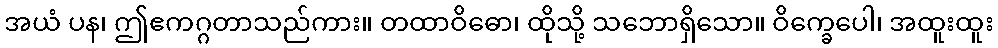
အယံ ပန၊ ဤဧကဂ္ဂတာသည်ကား။ တထာဝိဓော၊ ထိုသို့ သဘောရှိသော။ ဝိက္ခေပေါ၊ အထူးထူး